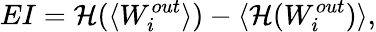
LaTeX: EI=\mathcal{H}(\langle W_{i}^{out}\rangle)-\langle\mathcal{H}(W_{i}^{out})\rangle,